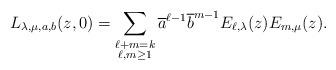
LaTeX: \begin{align*}L_{\lambda,\mu,a,b}(z,0) = \sum_{\substack{\ell+m=k\\\ell,m \geq 1}}\overline{a}^{\ell-1} \overline{b}^{m-1}E_{\ell,\lambda}(z) E_{m,\mu}(z).\end{align*}